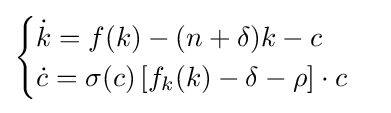
{\begin{cases}{\dot {k}}=f(k)-(n+\delta )k-c\\{\dot {c}}=\sigma (c)\left[f_{k}(k)-\delta -\rho \right]\cdot c\end{cases}}